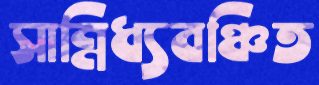
সান্নিধ্যবঞ্চিত